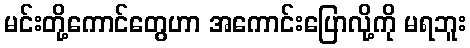
မင်းတို့ကောင်တွေဟာ အကောင်းပြောလို့ကို မရဘူး